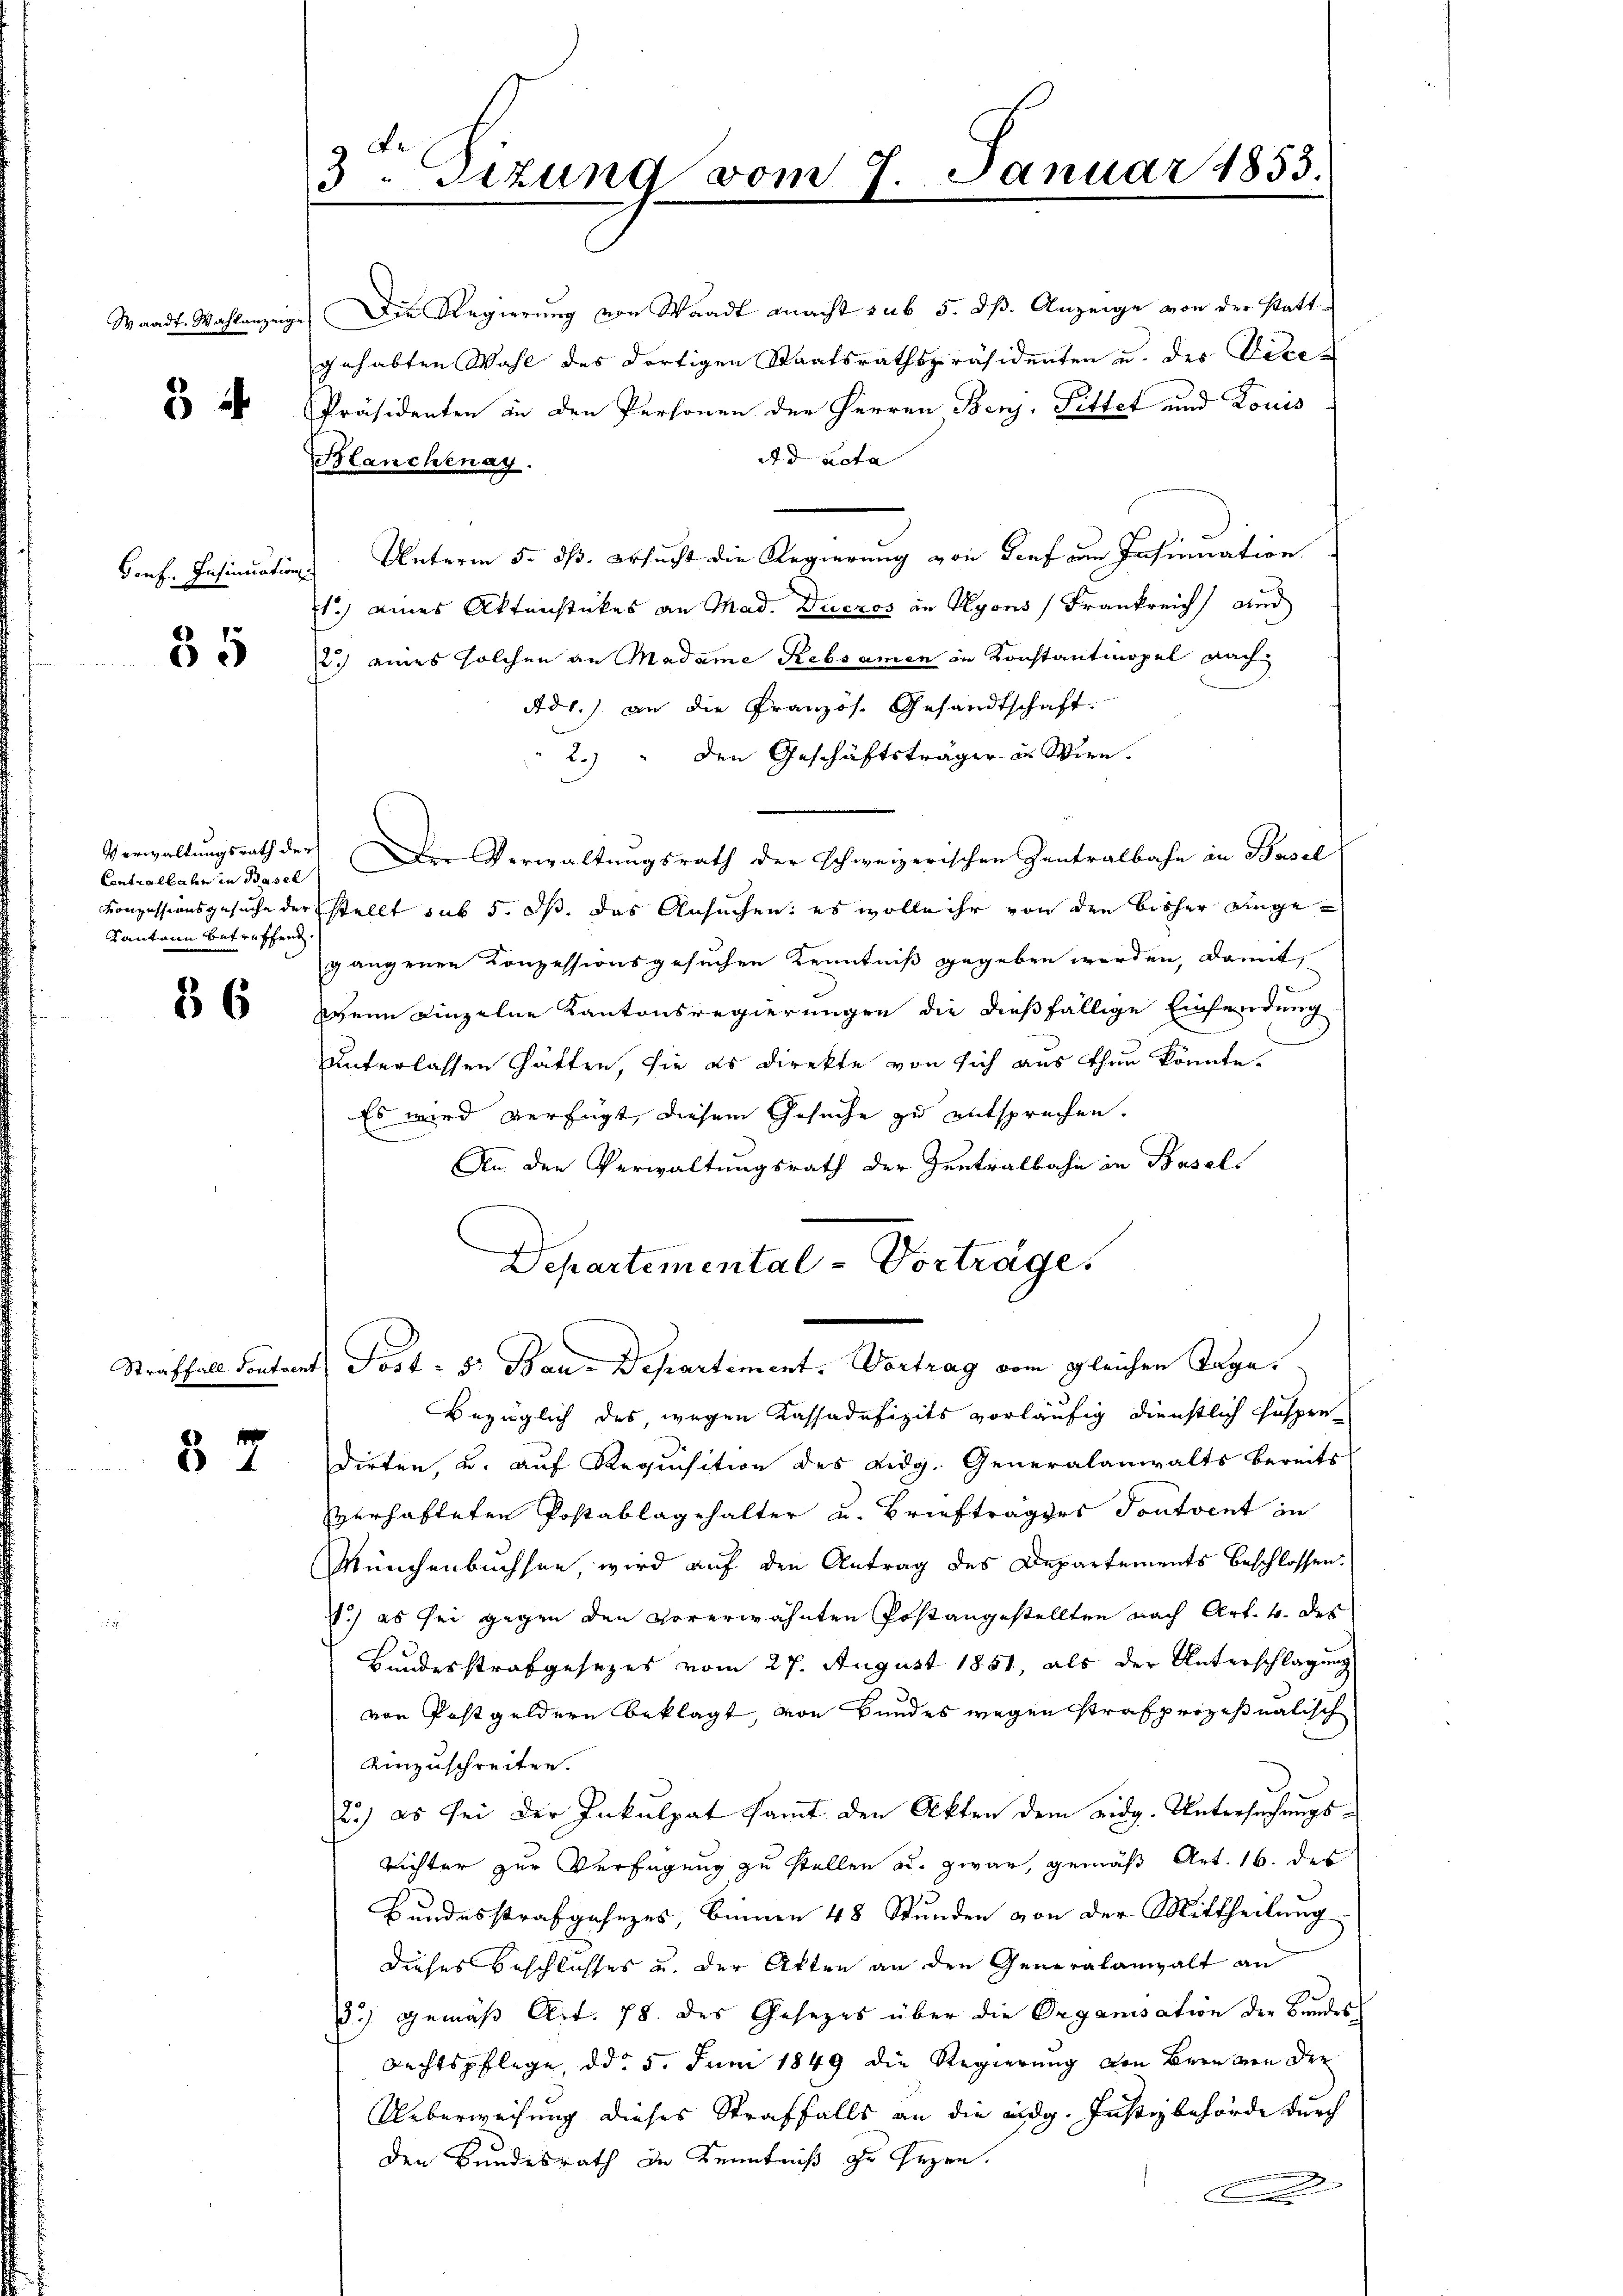
Waadt. Wahlanzeige

3

Genf. Insinuation

35

Contrallaten in Basel
Kantann betreffend.

36

§ 7

3. Sitzung vom 8. Januar 1853.
t

Die Regierung von Waadt macht sub 5. dß. Anzeige von der stattgehabten Wahl des dortigen Staatsrathspräsidenten u. der Vice-
Präsidenten in den Personen der Herren Benz Pittet und Konis
Ad acta
Blanchenay
 Unterm 5. ds. ersucht die Regierung von Tief am Insinuation
1.) eines Aktenstückes an Mad. Ducros an Hyons Frankreich auch
2.) eines solchen an Madame Rebsamen in Konstantmopel nach
Ad1.) an die Französ. Gesandtschaft.
2.) " den Geschäftsträger in Wien.
Verwaltungsrath der Der Verwaltungsrath der schweizerischen Zentralbahn in Basil
Konzessionsgesuche der stellt sub 5. ds. das Ansuchen: es wolle ihr von den bisher eingegangenen Konzessionsgesuchen Kenntniß gegeben werden, damit,
Wenn einzelne Kantonsregierungen die dießfällige Einsendung
unterlassen hätten, sie es direkte von sich aus thun könnte.
Es wird verfügt, diesem Gesuche zu entsprechen.
An den Verwaltungsrath der Zentralbahn in Basels
Departemental-Vorträge.
Straffall Contrent Jost - 5. Bau-Departement. Vortrag vom gleichen Tage.
Bezüglich des wegen Kassadefizits vorläufig dienstlich suspen
dirten, u. auf Requisition des Eidg. Generalanwalts bereits
verhafteten Postablagehalter u. Briefträgers Tontvent in
Münchenbuchsee, wird auf den Antrag des Departements beschlossen:
.) es sei gegen den vorerwähnten Postangestellten nach Art. 4. des
Bundesstrafgesezes vom 27. August 1851, als der Unterschlagung
von Postgeldern beklagt, von Bundes wegen strafprozeßnalisch
einzuschreiten.
2.) es sei der Inkulpat samt den Akten dem eidg. Untersuchungsrichter zur Verfügung zu stellen au. zwar, gemäß Art. 16. des
Bundesstrafgahnzes, binnen 48 Stunden von der Mittheilung
dieses Beschlusses u. der Akten an den Generalanwalt an
52) gemäß Art. 78. des Gesezes über die Organisation der Bundes,
Rechtspflege, ddo 5. Juni 1849 die Regierung von Bern von der
Ueberweisung dieses Straffalls an die eidg. Justizbehörde durch
den Bundesrath in Kenntniß in Gegen.
A